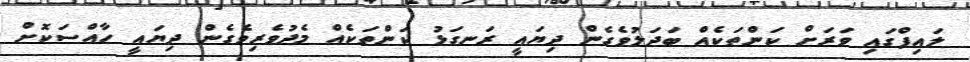
ލައިފްގައި ވަރަށް ކަންތަކެއް ބަދަލުވެގެން ދިޔައީ ރަނގަޅު ކަންތަކެއް މެދުވެރިވެގެން ދިޔައީ ހާއްސަކޮށް